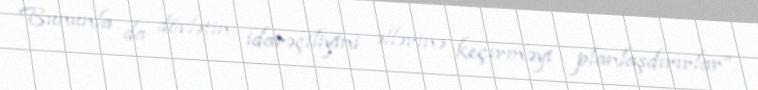
Bununla da dövlətin idarəçiliyini əllərinə keçirməyi planlaşdırırlar”.